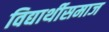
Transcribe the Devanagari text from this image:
विद्यार्थीसमाज